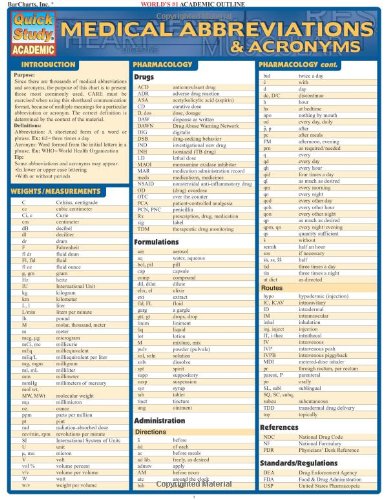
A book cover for Medical Abbreviations & Acronyms (Quick Study Academic); Inc. BarCharts; Medical Books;